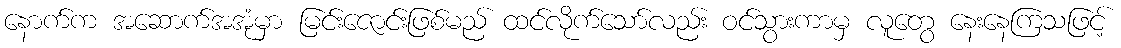
နောက်က အဆောက်အအုံမှာ မြင်းဇောင်းဖြစ်မည် ထင်လိုက်သော်လည်း ဝင်သွားကာမှ လူတွေ နေးနေကြသဖြင့်